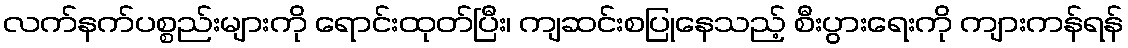
လက်နက်ပစ္စည်းများကို ရောင်းထုတ်ပြီး၊ ကျဆင်းစပြုနေသည့် စီးပွားရေးကို ကျားကန်ရန်